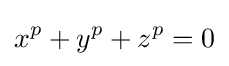
x^{p}+y^{p}+z^{p}=0